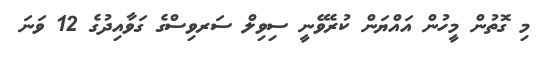
މި ގޮތުން މީހުން އައްޔަން ކުރެވޭނީ ސިވިލް ސަރވިސްގެ ގަވާއިދުގެ 12 ވަނަ